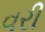
વરી